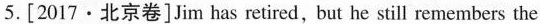
5.[2017·北京卷] Jim has retired,but he still remembers the